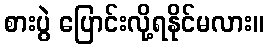
စားပွဲ ပြောင်းလို့ရနိုင်မလား။